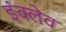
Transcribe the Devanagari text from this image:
इंक्लेव